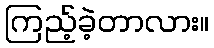
ကြည့်ခဲ့တာလား။